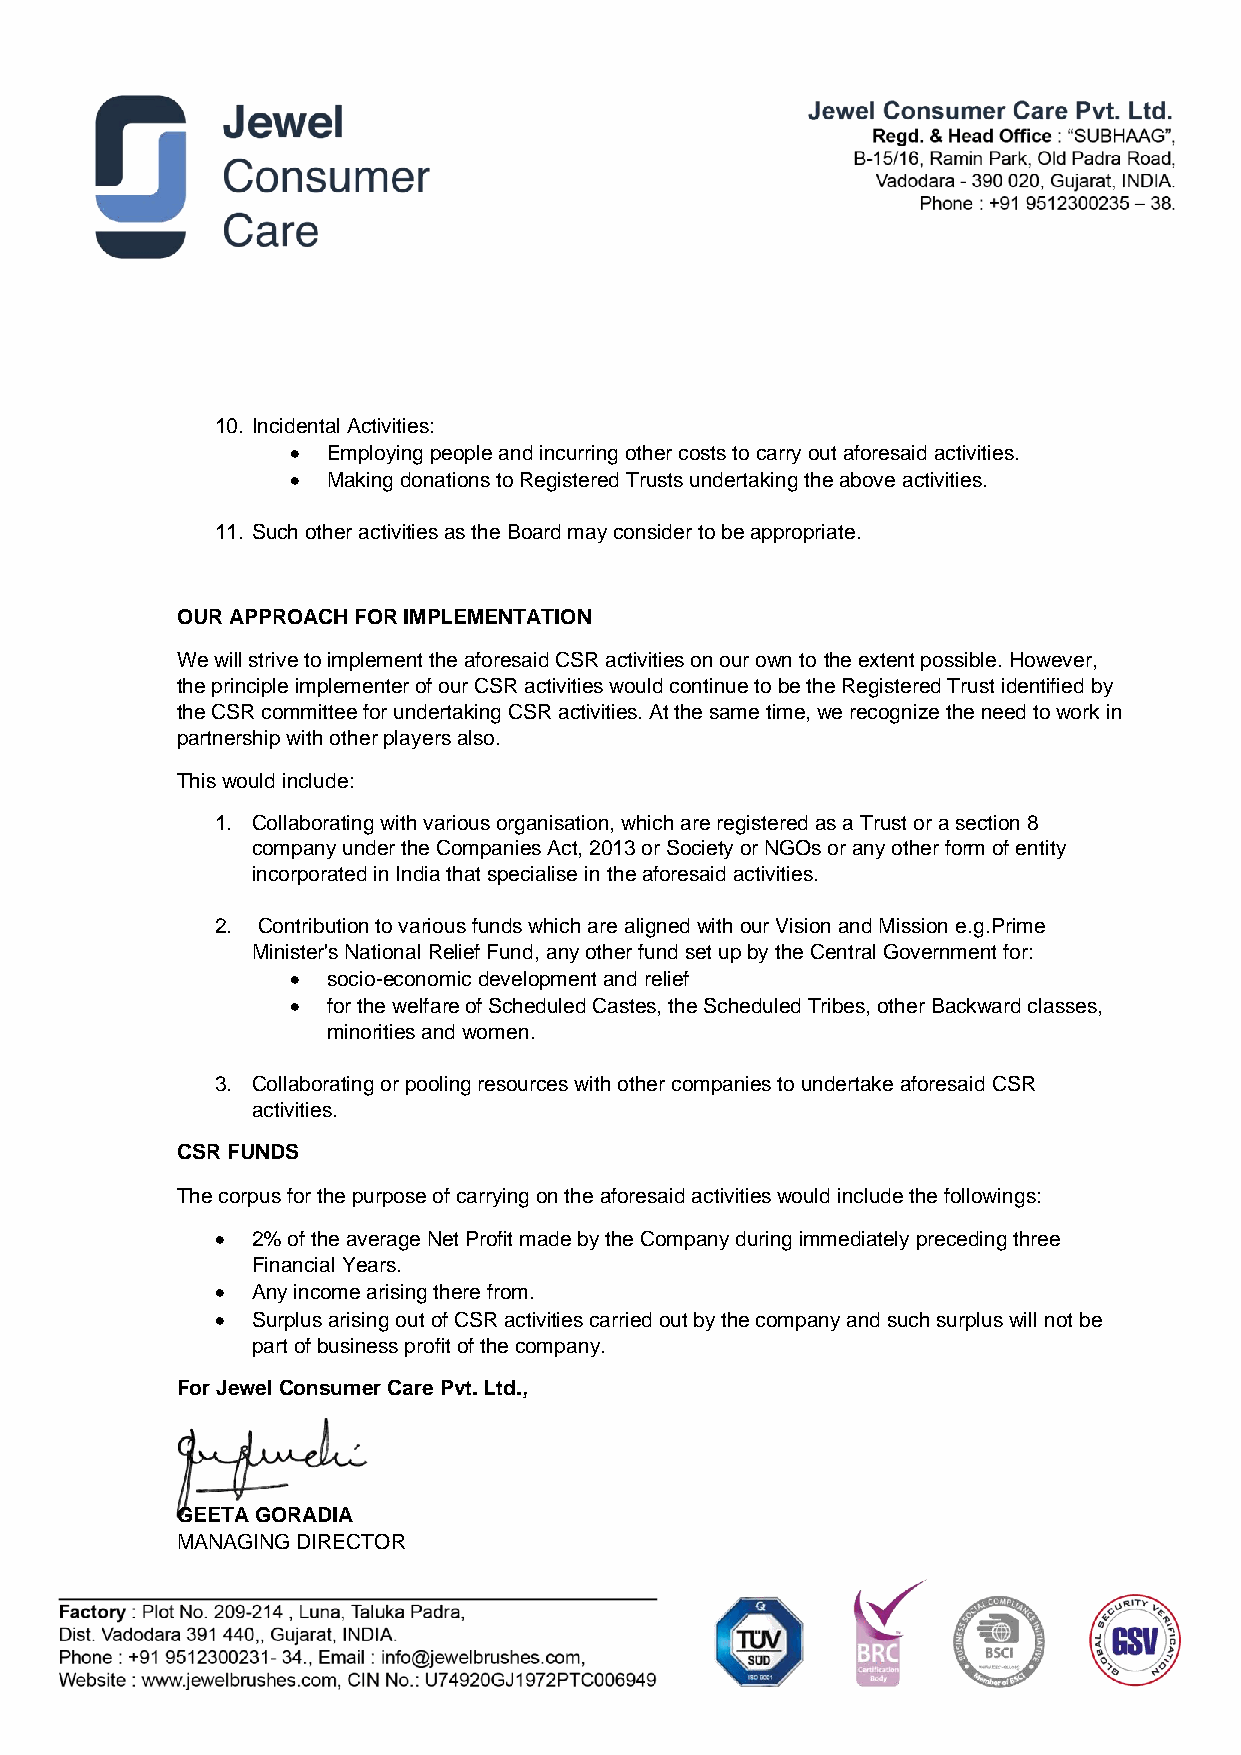
10. Incidental Activities:
   Employing people and incurring other costs to carry out aforesaid activities.
   Making donations to Registered Trusts undertaking the above activities.
 11. Such other activities as the Board may consider to be appropriate.
 OUR APPROACH FOR IMPLEMENTATION
 We will strive to implement the aforesaid CSR activities on our own to the extent possible. However,
 the principle implementer of our CSR activities would continue to be the Registered Trust identified by
 the CSR committee for undertaking CSR activities. At the same time, we recognize the need to work in
 partnership with other players also.
 This would include:
 1. Collaborating with various organisation, which are registered as a Trust or a section 8
 company under the Companies Act, 2013 or Society or NGOs or any other form of entity
 incorporated in India that specialise in the aforesaid activities.
 2. Contribution to various funds which are aligned with our Vision and Mission e.g.Prime
 Minister's National Relief Fund, any other fund set up by the Central Government for:
   socio-economic development and relief
   for the welfare of Scheduled Castes, the Scheduled Tribes, other Backward classes,
 minorities and women.
 3. Collaborating or pooling resources with other companies to undertake aforesaid CSR
 activities.
 CSR FUNDS
 The corpus for the purpose of carrying on the aforesaid activities would include the followings:
   2% of the average Net Profit made by the Company during immediately preceding three
 Financial Years.
   Any income arising there from.
   Surplus arising out of CSR activities carried out by the company and such surplus will not be
 part of business profit of the company.
 For Jewel Consumer Care Pvt. Ltd.,
 GEETA GORADIA
 MANAGING DIRECTOR